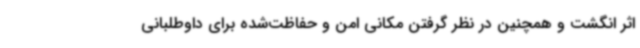
اثر انگشت و همچنین در نظر گرفتن مکانی امن و حفاظت‌شده برای داوطلبانی